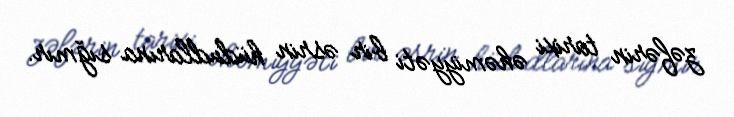
zəfərin tarixi əhəmiyyəti bir əsrin hüdudlarına sığmır.